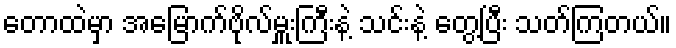
တောထဲမှာ အမြောက်ဗိုလ်မှူးကြီးနဲ့ သင်းနဲ့ တွေ့ပြီး သတ်ကြတယ်။